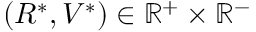
( R ^ { * } , V ^ { * } ) \in \mathbb R ^ { + } \times \mathbb R ^ { - }